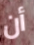
أن